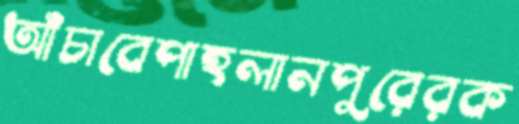
আঁচাবেপাহলানপুরেরক